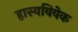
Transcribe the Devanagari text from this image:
हास्यविवेक